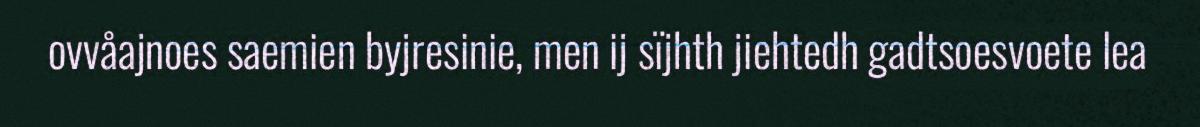
ovvåajnoes saemien byjresinie, men ij sïjhth jiehtedh gadtsoesvoete lea